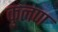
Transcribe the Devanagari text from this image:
कुलण